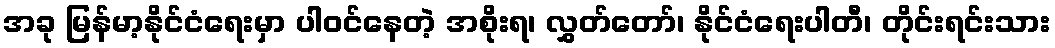
အခု မြန်မာ့နိုင်ငံရေးမှာ ပါဝင်နေတဲ့ အစိုးရ၊ လွှတ်တော်၊ နိုင်ငံရေးပါတီ၊ တိုင်းရင်းသား